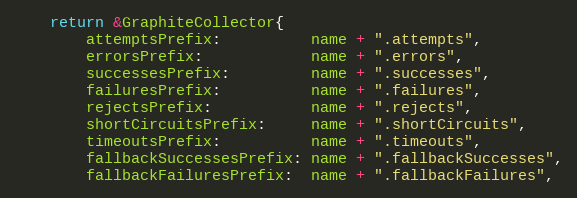
Language: Go
	return &GraphiteCollector{
		attemptsPrefix:          name + ".attempts",
		errorsPrefix:            name + ".errors",
		successesPrefix:         name + ".successes",
		failuresPrefix:          name + ".failures",
		rejectsPrefix:           name + ".rejects",
		shortCircuitsPrefix:     name + ".shortCircuits",
		timeoutsPrefix:          name + ".timeouts",
		fallbackSuccessesPrefix: name + ".fallbackSuccesses",
		fallbackFailuresPrefix:  name + ".fallbackFailures",